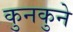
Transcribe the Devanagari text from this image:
कुनकुने